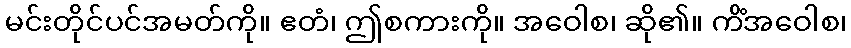
မင်းတိုင်ပင်အမတ်ကို။ ဧတံ၊ ဤစကားကို။ အဝေါစ၊ ဆို၏။ ကိံအဝေါစ၊